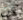
عن